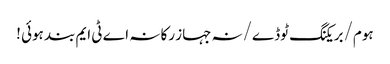
ہوم/بریکنگ ٹوڈے/نہ جہاز رکا نہ اے ٹی ایم بند ہوئی !